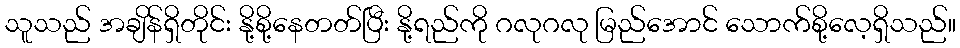
သူသည် အချိန်ရှိတိုင်း နို့စို့နေတတ်ပြီး နို့ရည်ကို ဂလုဂလု မြည်အောင် သောက်စို့လေ့ရှိသည်။